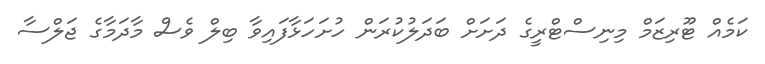
ކަމެއް ޓޫރިޒަމް މިނިސްޓްރީގެ ދަށަށް ބަދަލުކުރަން ހުށަހަޅާފައިވާ ބިލް ވެސް މާދަމާގެ ޖަލްސާ